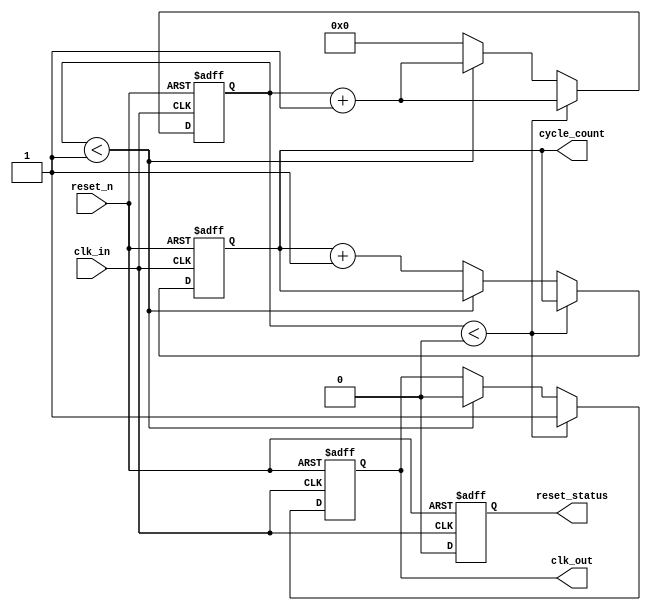
module ClockCycleInitialization #(
    parameter CLOCK_FREQ_HZ = 100000000, // Clock frequency in Hz
    parameter DUTY_CYCLE = 50,            // Duty cycle in percentage
    parameter INIT_VALUE = 8'h00,         // Initial value for registers
    parameter CYCLE_COUNT_WIDTH = 8       // Width of the cycle count
)(
    input wire clk_in,                    // External clock input
    input wire reset_n,                   // Active low reset signal
    output reg clk_out,                   // Generated clock output
    output reg [CYCLE_COUNT_WIDTH-1:0] cycle_count, // Current clock cycle count
    output reg reset_status               // Reset status output
);

    // Clock period calculation
    localparam CLOCK_PERIOD = 1000000000 / CLOCK_FREQ_HZ; // in ns
    localparam HIGH_TIME = (DUTY_CYCLE * CLOCK_PERIOD) / 100;
    localparam LOW_TIME = CLOCK_PERIOD - HIGH_TIME;

    // State variables
    reg [31:0] clk_divider; // Clock divider for generating the clock signal
    reg clk_toggle;         // Toggle signal for clock output

    // Initialization block
    initial begin
        clk_out = 0;
        cycle_count = 0;
        reset_status = 1; // Start in reset state
        clk_divider = 0;
    end

    // Clock generation process
    always @(posedge clk_in or negedge reset_n) begin
        if (!reset_n) begin
            // Reset logic
            clk_out <= 0;
            cycle_count <= 0;
            reset_status <= 1;
            clk_divider <= 0;
        end else begin
            // Clock divider for generating the clock signal
            clk_divider <= clk_divider + 1;
            if (clk_divider < (HIGH_TIME / 10)) begin
                clk_out <= 1; // Set clock high
            end else if (clk_divider < (CLOCK_PERIOD / 10)) begin
                clk_out <= 0; // Set clock low
            end else begin
                clk_divider <= 0; // Reset divider
                cycle_count <= cycle_count + 1; // Increment cycle count
            end
            
            // Reset status management
            reset_status <= 0; // Clear reset status after initialization
        end
    end

    // Event triggering example (can be customized)
    always @(posedge clk_out) begin
        // Example: Trigger an event after 10 clock cycles
        if (cycle_count == 10) begin
            // Trigger specific event or process
            // Add your event triggering logic here
        end
    end

endmodule